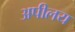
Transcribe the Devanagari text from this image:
अपीलय